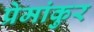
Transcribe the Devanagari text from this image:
प्रेमांकुर